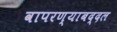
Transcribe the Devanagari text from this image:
वापरण्याबद्दल